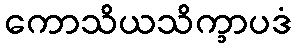
ကောသိယသိက္ခာပဒံ